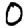
Digit: 0